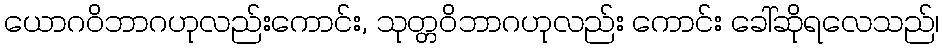
ယောဂဝိဘာဂဟုလည်းကောင်း, သုတ္တဝိဘာဂဟုလည်း ကောင်း ခေါ်ဆိုရလေသည်၊